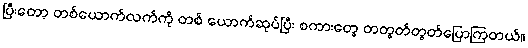
ပြီးတော့ တစ်ယောက်လက်ကို တစ် ယောက်ဆုပ်ပြီး စကားတွေ တတွတ်တွတ်ပြောကြတယ်။